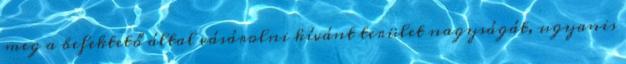
meg a befektető által vásárolni kívánt terület nagyságát, ugyanis